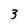
Character: 3